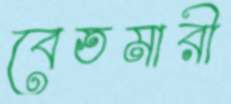
বেতমারী